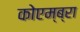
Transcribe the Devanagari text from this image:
कोएम्ब्रा